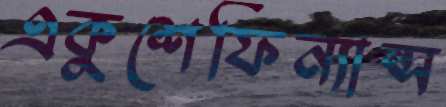
একুশেফিন্যান্স